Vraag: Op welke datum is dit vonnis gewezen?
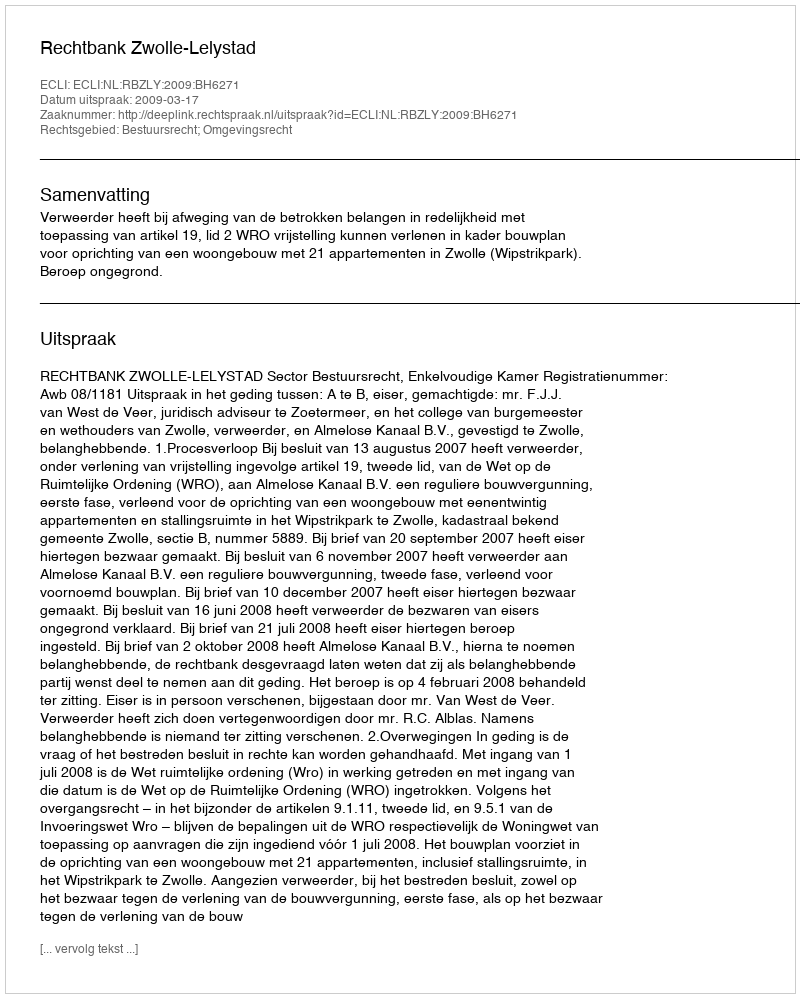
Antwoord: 2009-03-17